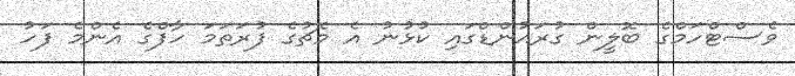
ވެސްޓްހަމްގެ ބޮލީން ގުރައުންޑްގައި ކުޅުނު އެ މެޗުގެ ފުރަތަމަ ހާފްގެ އެންމެ ފަހު